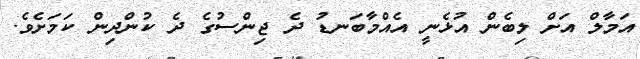
އަމާލް އަށް ލިބެން އުޅެނީ އެއްމާބަނޑު ދެ ޖިންސުގެ ދެ ކުންދިން ކަމަށެވެ.